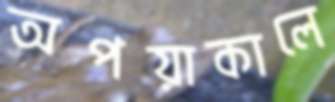
অপয়াকালে